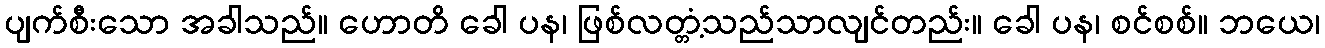
ပျက်စီးသော အခါသည်။ ဟောတိ ခေါ ပန၊ ဖြစ်လတ္တံ့သည်သာလျင်တည်း။ ခေါ ပန၊ စင်စစ်။ ဘယေ၊